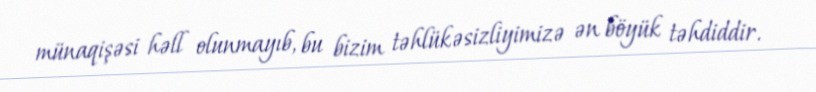
münaqişəsi həll olunmayıb, bu bizim təhlükəsizliyimizə ən böyük təhdiddir.